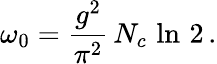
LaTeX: \omega_{0}=\frac{g^{2}}{\pi^{2}}\, N_{c}\, \ln\, 2\, .